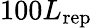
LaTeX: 100L_{\mathrm{rep}}